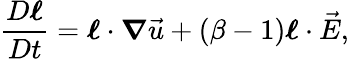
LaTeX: \frac{D\boldsymbol{\ell}}{Dt}=\boldsymbol{\ell}\cdot\boldsymbol{\nabla}\vec{u}+\left(\beta-1\right)\boldsymbol{\ell}\cdot\vec{E},